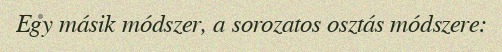
Egy másik módszer, a sorozatos osztás módszere: